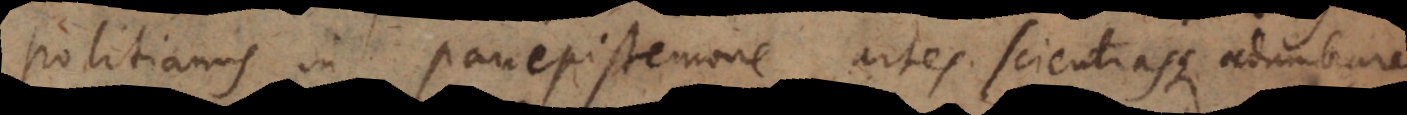
Politianus in Panepistemone artes scientiasque adumbrare